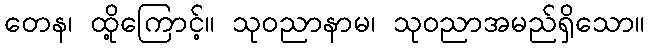
တေန၊ ထို့ကြောင့်။ သုဝညာနာမ၊ သုဝညာအမည်ရှိသော။